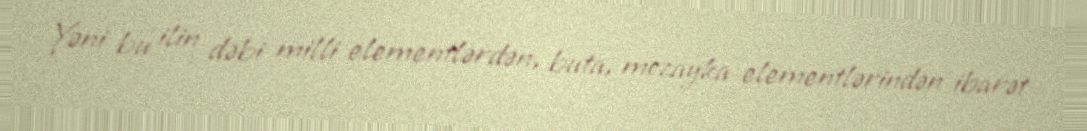
Yəni bu ilin dəbi milli elementlərdən, buta, mozayka elementlərindən ibarət